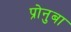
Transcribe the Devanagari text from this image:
प्रोनुबा